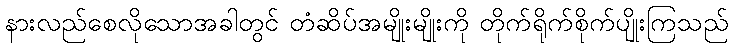
နားလည်စေလိုသောအခါတွင် တံဆိပ်အမျိုးမျိုးကို တိုက်ရိုက်စိုက်ပျိုးကြသည်